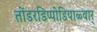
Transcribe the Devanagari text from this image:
तोंडरडिप्पोडियाळ्वार्